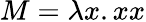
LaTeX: M=\lambda x.xx